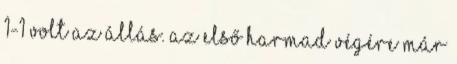
1-1 volt az állás. Az első harmad végére már